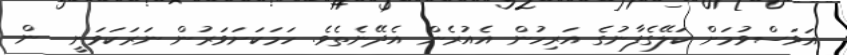
އަވަސްވުމަށް ކަލޭގެފާނުގެ އަރިހުން އެއުރެން އެދޭނެތެވެ. ހަމަކަށަވަރުން ނަރަކަވަނީ  ން